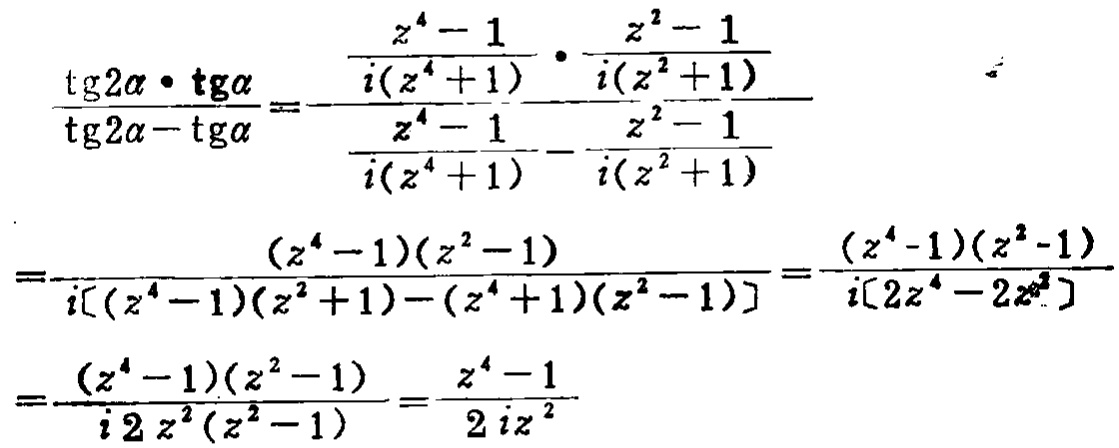
\[
\begin{align*}
\frac{\operatorname{tg}2\alpha\cdot\operatorname{tg}\alpha}{\operatorname{tg}2\alpha - \operatorname{tg}\alpha}&=\frac{\frac{z^{4}-1}{i(z^{4}+1)}\cdot\frac{z^{2}-1}{i(z^{2}+1)}}{\frac{z^{4}-1}{i(z^{4}+1)}-\frac{z^{2}-1}{i(z^{2}+1)}}\\
&=\frac{(z^{4}-1)(z^{2}-1)}{i\left[(z^{4}-1)(z^{2}+1)-(z^{4}+1)(z^{2}-1)\right]}=\frac{(z^{4}-1)(z^{2}-1)}{i\left[2z^{4}-2z^{2}\right]}\\
&=\frac{(z^{4}-1)(z^{2}-1)}{i2z^{2}(z^{2}-1)}=\frac{z^{4}-1}{2iz^{2}}
\end{align*}
\]